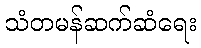
သံတမန်ဆက်ဆံရေး